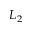
L _ { 2 }